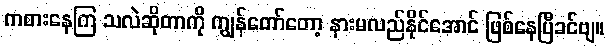
ကစားနေကြ သလဲဆိုတာကို ကျွန်တော်တော့ နားမလည်နိုင်အောင် ဖြစ်နေပြီခင်ဗျ။